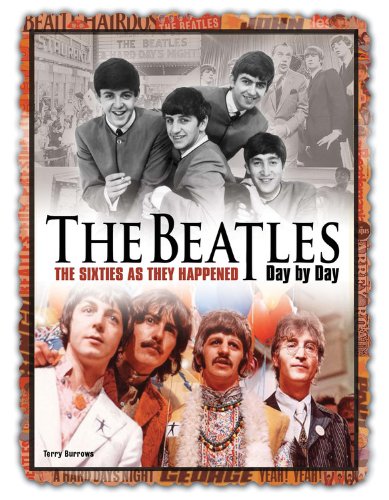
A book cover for The Beatles Day by Day: The Sixties as They Happened; Terry Burrows; Humor & Entertainment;